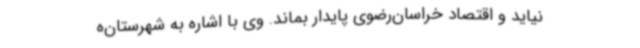
نیاید و اقتصاد خراسان‌رضوی پایدار بماند. وی با اشاره به شهرستان‌ه